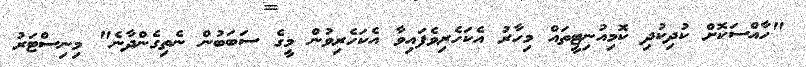
"ހާއްސަކޮށް ކުދިކުދި ކޮމިއުނިޓީތައް މިހާރު އެކަހެރިވެފައިވާ އެކަހެރިވުން މީގެ ސަބަބުން ނެތިގެންދާނެ" މިނިސްޓަރު